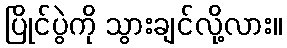
ပြိုင်ပွဲကို သွားချင်လို့လား။